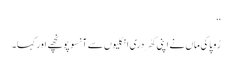
‘‘
رُوپا کی ماں نے اپنی کھُردری انگلیوں سے آنسو پونچھے اور کہا۔